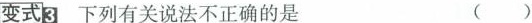
变式3 下列有关说法不正确的是 ( )